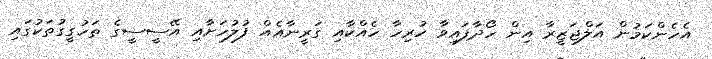
އެހެންކަމުން އަލްޖަޒީރާ އިން ހޯދާފައިވާ ހުރިހާ ހެއްކާއި ގަރީނާއެއް ފުލުހަށާއި އޭސީސީގެ ތަހުގީގުތަކުގައި